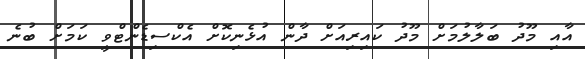
އާއި މޫދު ބަލާލުމަށް މޫދު ކައިރިއަށް ދާން އުޅެނިކޮށް އެކްސިޑެންޓްވީ ކަމަށް ބުނެ